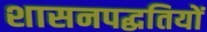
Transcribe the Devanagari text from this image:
शासनपद्धतियों